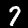
Label: 7